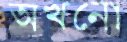
অখনো